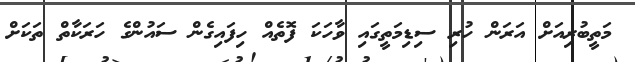
މަތީބުރިއަށް އަރަން ހުރި ސިޑިމަތީގައި ވާހަކަ ފޮތެއް ހިފައިގެން ސައުންގެ ހަރަކާތް ތަކަށް